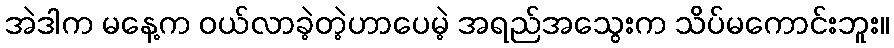
အဲဒါက မနေ့က ဝယ်လာခဲ့တဲ့ဟာပေမဲ့ အရည်အသွေးက သိပ်မကောင်းဘူး။